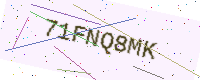
Text: 71FNQ8MK